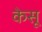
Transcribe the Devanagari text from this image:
केसू